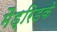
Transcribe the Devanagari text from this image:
मैड्रिडके